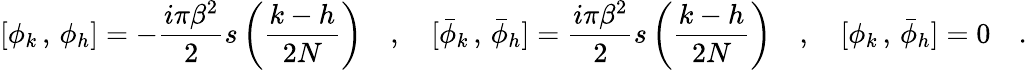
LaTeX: [\phi_{k}\, ,\, \phi_{h}]=-{\frac{i\pi\beta^{2}}{2}}s\left(\frac{k-h}{2N}\right)\quad,\quad[\bar{\phi}_{k}\, ,\, \bar{\phi}_{h}]={\frac{i\pi\beta^{2}}{2}}s\left(\frac{k-h}{2N}\right)\quad,\quad[\phi_{k}\, ,\, \bar{\phi}_{h}]=0\quad.